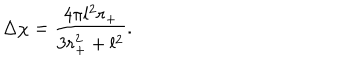
LaTeX: \Delta \chi = \frac { 4 \pi l ^ { 2 } r _ { + } } { 3 r _ { + } ^ { 2 } + l ^ { 2 } } .